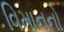
વિમાનનો